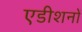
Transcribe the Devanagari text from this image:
एडीशनों